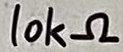
Text: 10kΩ